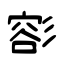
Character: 彮